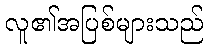
လူ၏အပြစ်များသည်